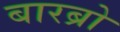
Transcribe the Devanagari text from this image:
बारब्रो